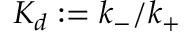
K _ { d } : = k _ { - } / k _ { + }